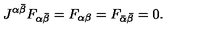
J ^ { \alpha \bar { \beta } } F _ { \alpha \bar { \beta } } = F _ { \alpha \beta } = F _ { \bar { \alpha } \bar { \beta } } = 0 .